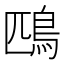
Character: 鴄